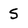
Character: S